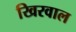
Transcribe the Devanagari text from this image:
खिरवाल